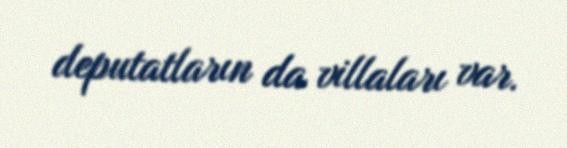
deputatların da villaları var.